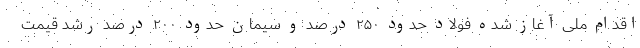
اقدام ملی آغاز شده فولاد حدود ۲۵۰ درصد و سیمان حدود ۲۰۰ درصد رشد قیمت